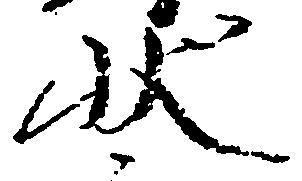
状